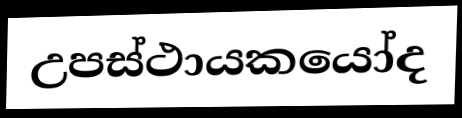
උපස්ථායකයෝද